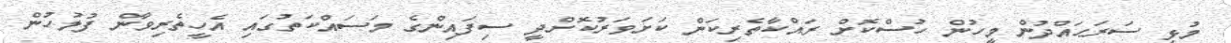
މުޅި ސަރަޙައްދުން މީހުން ހުސްކޮށް ރައްކާތެރިކަން ކަށަވަރުކޮށްދީ ސިފައިންގެ މަސައްކަތުގައި އެހީތެރިވާން ފުލުހުން